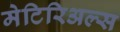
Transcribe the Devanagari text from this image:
मेटिरिअल्स